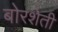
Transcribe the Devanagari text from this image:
बोरशेती